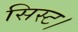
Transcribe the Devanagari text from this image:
सिस्ट।